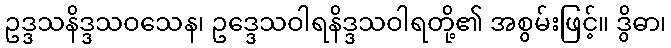
ဥဒ္ဒသနိဒ္ဒသဝသေန၊ ဥဒ္ဒေသဝါရနိဒ္ဒသဝါရတို့၏ အစွမ်းဖြင့်။ ဒွိဓာ၊